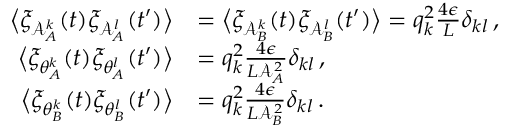
\begin{array} { r l } { \big \langle \xi _ { \mathcal { A } _ { A } ^ { k } } ( t ) \xi _ { \mathcal { A } _ { A } ^ { l } } ( t ^ { \prime } ) \big \rangle } & { = \big \langle \xi _ { \mathcal { A } _ { B } ^ { k } } ( t ) \xi _ { \mathcal { A } _ { B } ^ { l } } ( t ^ { \prime } ) \big \rangle = q _ { k } ^ { 2 } \frac { 4 \epsilon } { L } \delta _ { k l } \, , } \\ { \big \langle \xi _ { \theta _ { A } ^ { k } } ( t ) \xi _ { \theta _ { A } ^ { l } } ( t ^ { \prime } ) \big \rangle } & { = q _ { k } ^ { 2 } \frac { 4 \epsilon } { L \mathcal { A } _ { A } ^ { 2 } } \delta _ { k l } \, , } \\ { \big \langle \xi _ { \theta _ { B } ^ { k } } ( t ) \xi _ { \theta _ { B } ^ { l } } ( t ^ { \prime } ) \big \rangle } & { = q _ { k } ^ { 2 } \frac { 4 \epsilon } { L \mathcal { A } _ { B } ^ { 2 } } \delta _ { k l } \, . } \end{array}